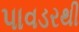
પાવડરથી